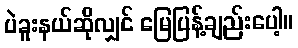
ပဲခူးနယ်ဆိုလျှင် မြေပြန့်ချည်းပေါ့။